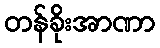
တန်ခိုးအာဏာ